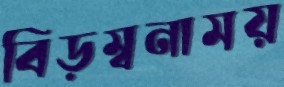
বিড়ম্বনাময়